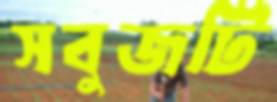
সবুজটি